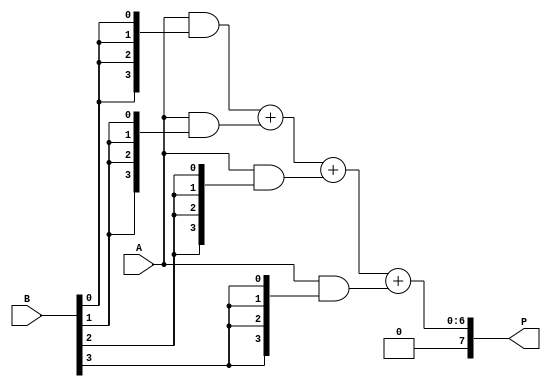
module vedic_multiplier #(parameter N = 4) (
    input  [N-1:0] A,
    input  [N-1:0] B,
    output [2*N-1:0] P
);

    wire [N-1:0] pp [0:N-1]; // Partial products
    wire [2*N-1:0] sum [0:N-1]; // Intermediate sums

    // Generate partial products
    genvar i, j;
    generate
        for (i = 0; i < N; i = i + 1) begin : partial_products
            assign pp[i] = A & {N{B[i]}}; // AND gate for each bit of B
        end
    endgenerate

    // Sum the partial products
    assign sum[0] = {N'b0, pp[0]}; // Initialize first sum

    generate
        for (i = 1; i < N; i = i + 1) begin : adder_tree
            assign sum[i] = sum[i-1] + {i'b0, pp[i]}; // Add partial products
        end
    endgenerate

    // Final product output
    assign P = sum[N-1];

endmodule